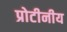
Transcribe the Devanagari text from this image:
प्रोटीनीय